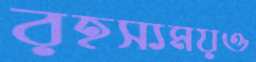
রহস্যময়ও